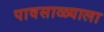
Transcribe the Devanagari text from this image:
पावसाळ्याला